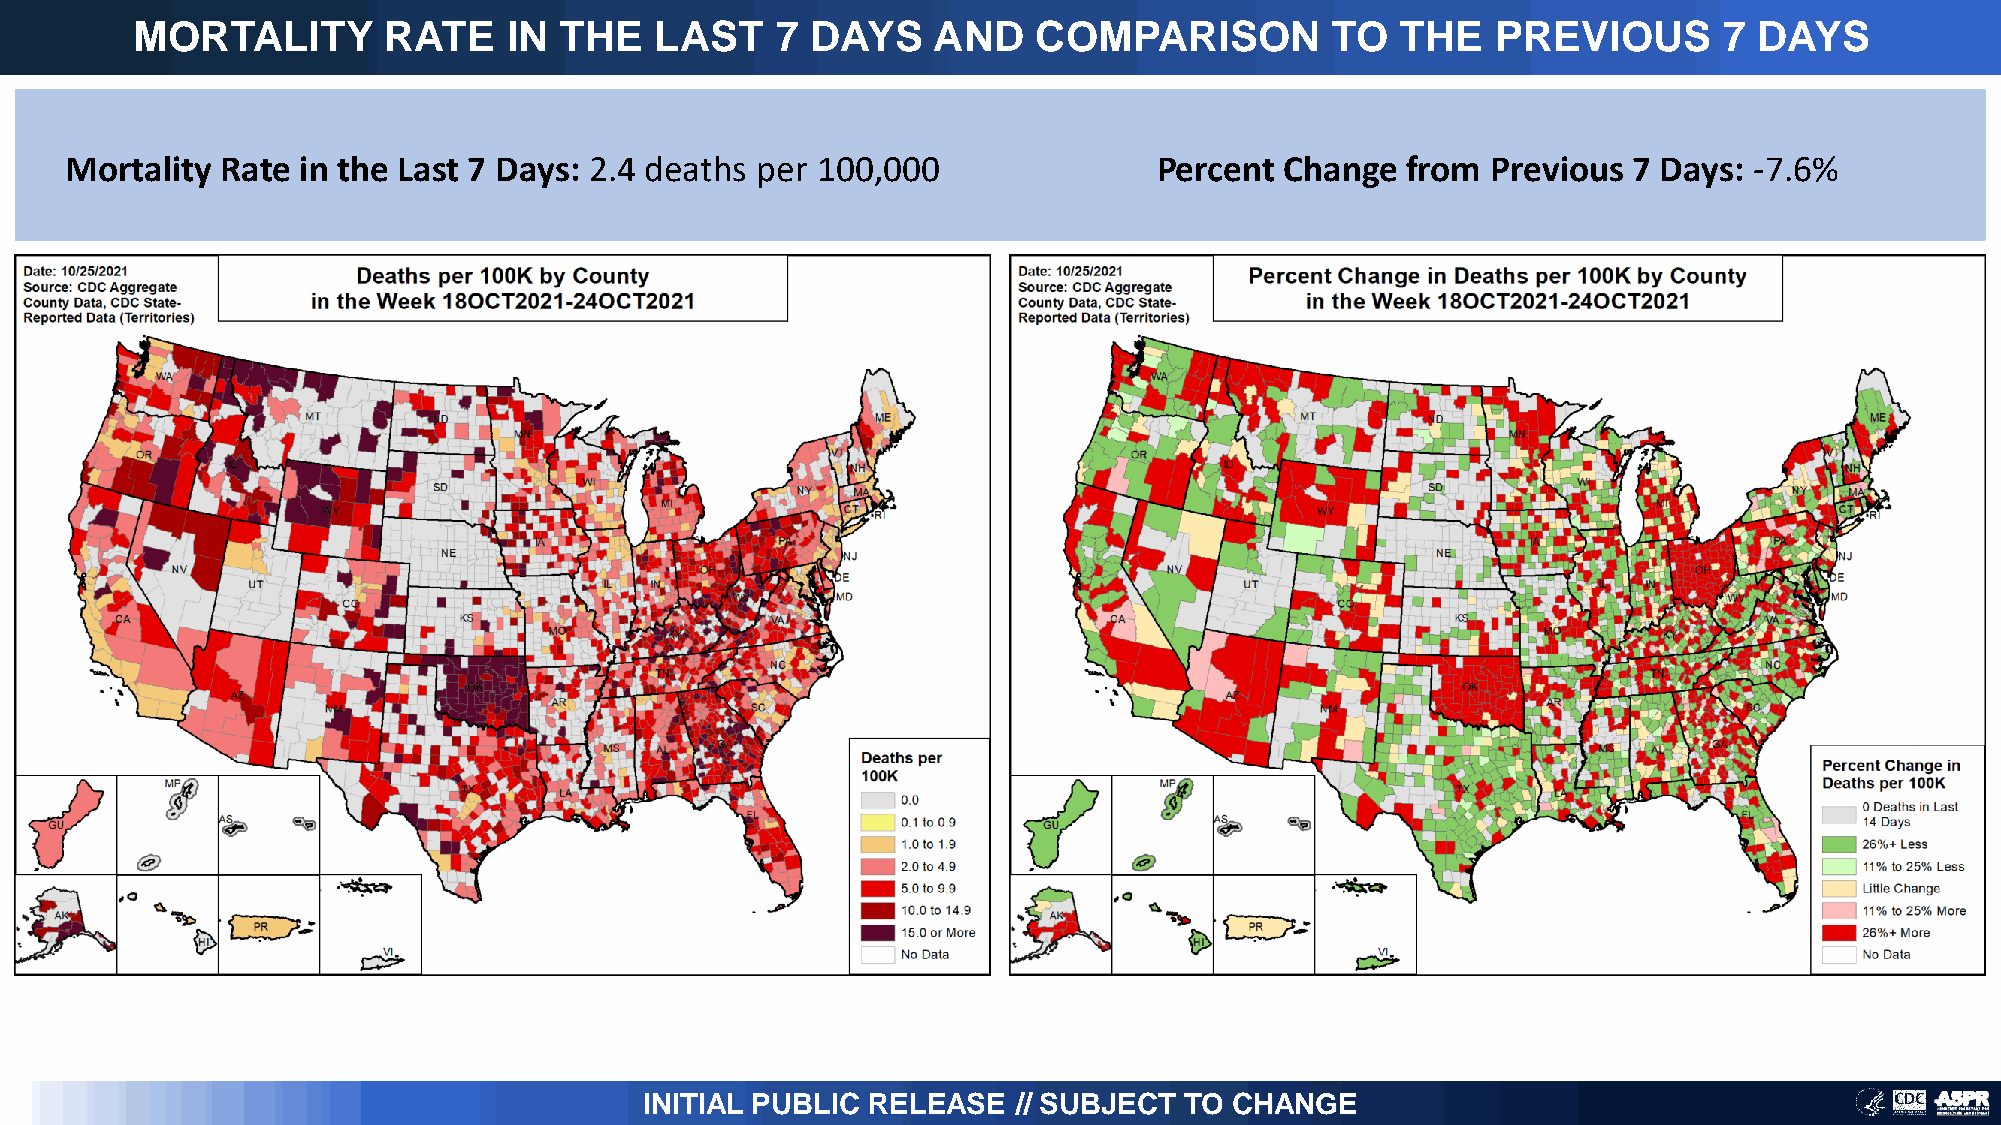
MORTALITY       RATE     IN THE   LAST    7  DAYS    AND    COMPARISON         TO   THE   PREVIOUS       7 DAYS
 Mortality  Rate in the Last 7 Days: 2.4 deaths per 100,000               Percent Change  from  Previous 7 Days: -7.6%
 INITIAL PUBLIC RELEASE  // SUBJECT TO  CHANGE